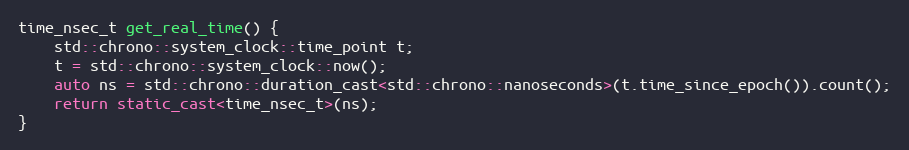
Language: C++
time_nsec_t get_real_time() {
	std::chrono::system_clock::time_point t;
	t = std::chrono::system_clock::now();
	auto ns = std::chrono::duration_cast<std::chrono::nanoseconds>(t.time_since_epoch()).count();
	return static_cast<time_nsec_t>(ns);
}